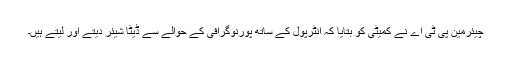
چیئرمین پی ٹی اے نے کمیٹی کو بتایا کہ انٹرپول کے ساتھ پورنوگرافی کے حوالے سے ڈیٹا شیئر دیتے اور لیتے ہیں۔